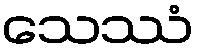
သေဿံ